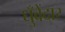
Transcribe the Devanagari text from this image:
धुँवेंदार